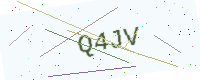
Text: Q4JV